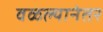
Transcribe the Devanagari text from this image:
वळल्यानंतर